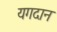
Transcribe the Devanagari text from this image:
यगदान